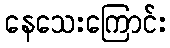
နေသေးကြောင်း